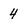
Character: 4